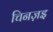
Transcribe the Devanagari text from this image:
चिनज़इ